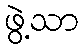
ဖွဲ့သာ